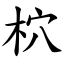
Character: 柼